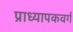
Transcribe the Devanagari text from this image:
प्राध्यापकवर्ग